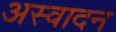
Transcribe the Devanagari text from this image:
अस्वादन